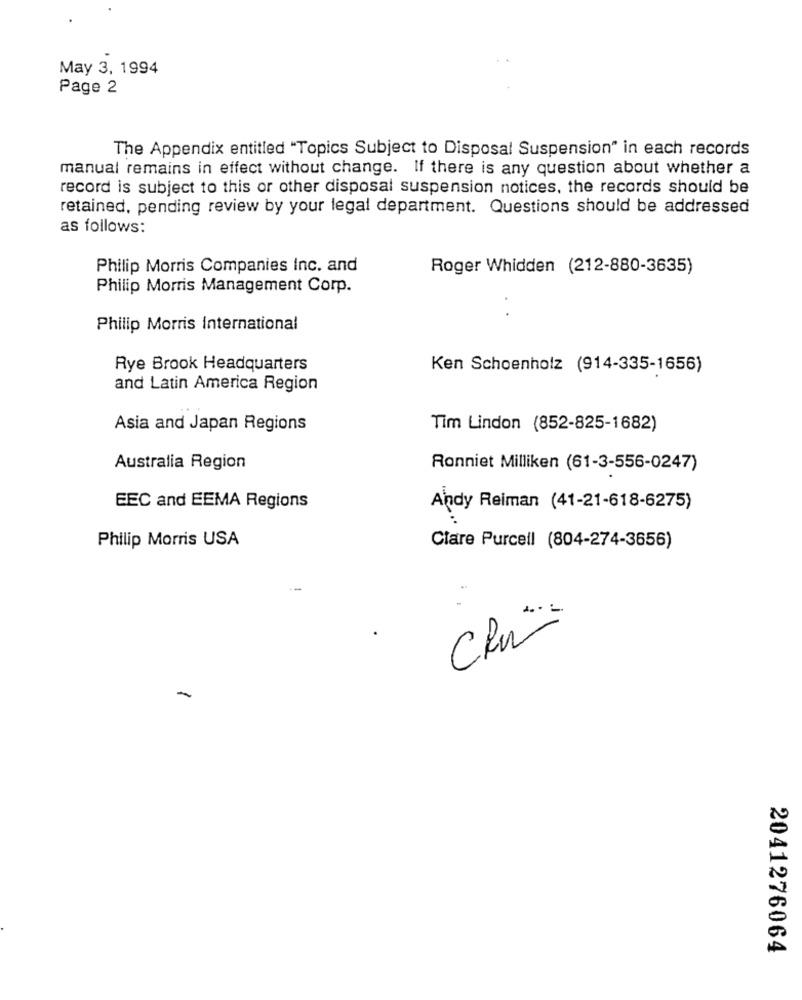
May 3, 1994
Page 2
The Appendix entitled "Topics Subject to Disposal Suspension" in each records
manual remains in effect without change. If there is any question about whether a
record is subject to this or other disposal suspension notices, the records should be
retained, pending review by your legal department. Questions should be addressed
as follows:
Philip Morris Companies Inc. and
Roger Whidden (212-880-3635)
Philip Morris Management Corp.
Philip Morris International
Rye Brook Headquarters
Ken Schoenholz (914-335-1656)
and Latin America Region
Asia and Japan Regions
Tim Lindon (852-825-1682)
Australia Region
Ronniet Milliken (61-3-556-0247)
EEC and EEMA Regions
Andy Reiman (41-21-618-6275)
Philip Morris USA
Clare Purcell (804-274-3656)
CRU
2041276064